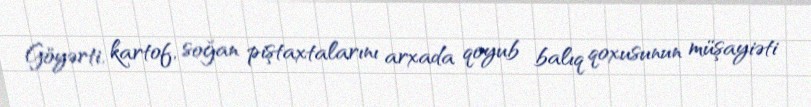
Göyərti, kartof, soğan piştaxtalarını arxada qoyub balıq qoxusunun müşayiəti